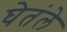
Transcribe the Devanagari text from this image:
घेतंले